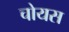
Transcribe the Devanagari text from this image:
चोयस